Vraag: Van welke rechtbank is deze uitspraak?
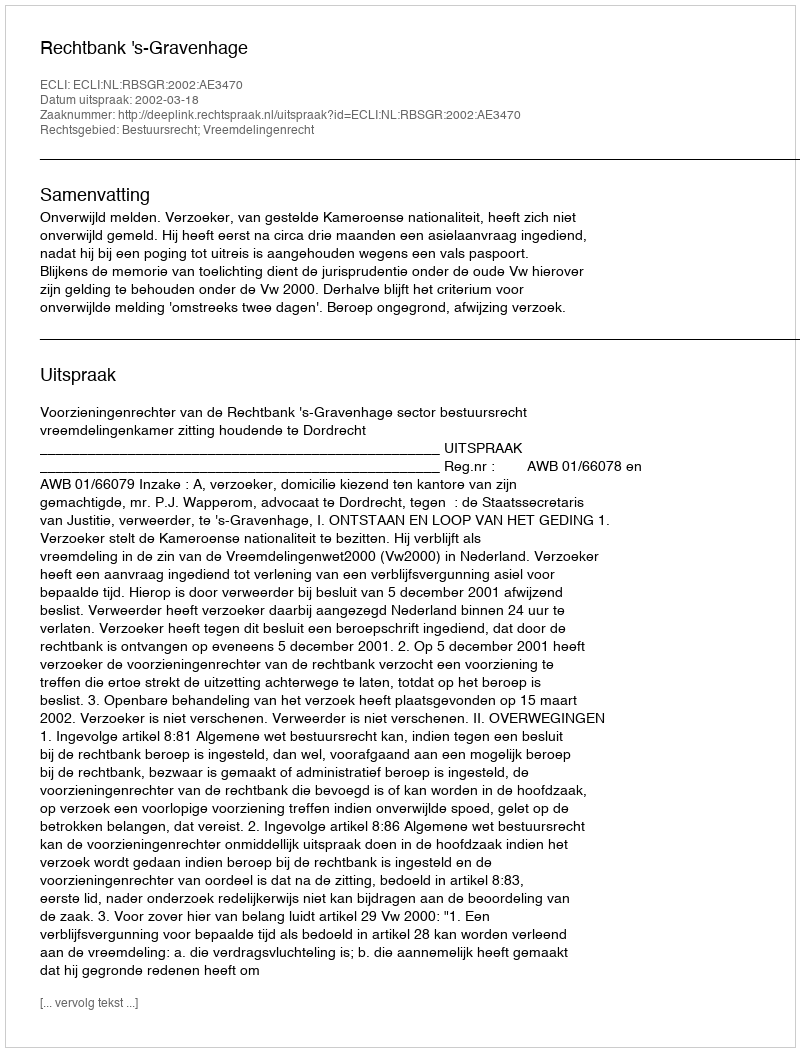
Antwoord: Rechtbank 's-Gravenhage